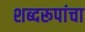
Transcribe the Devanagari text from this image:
शब्दरूपांचा